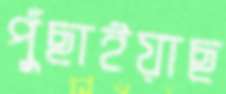
পুঁছাইয়াছ